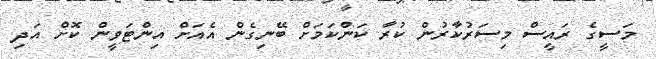
މަސީގެ ރައީސް މިސަރުކާރުން ކުރާ ކަންކަމަށް ބޭނިގެން އެއަށް އިންޓަވީން ކޮށް އަދި